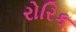
રોરિક